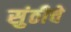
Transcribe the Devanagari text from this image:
सुंठीचे